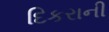
દિકરાની